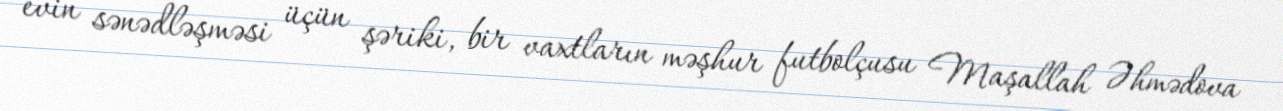
evin sənədləşməsi üçün şəriki, bir vaxtların məşhur futbolçusu Maşallah Əhmədova